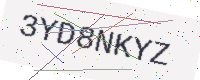
Text: 3YD8NKYZ